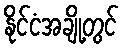
နိုင်ငံအချို့တွင်